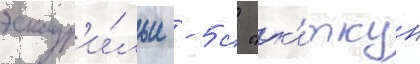
эскадр'и́льи -5 с "к'иткун